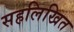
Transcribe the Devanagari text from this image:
सहलिखित